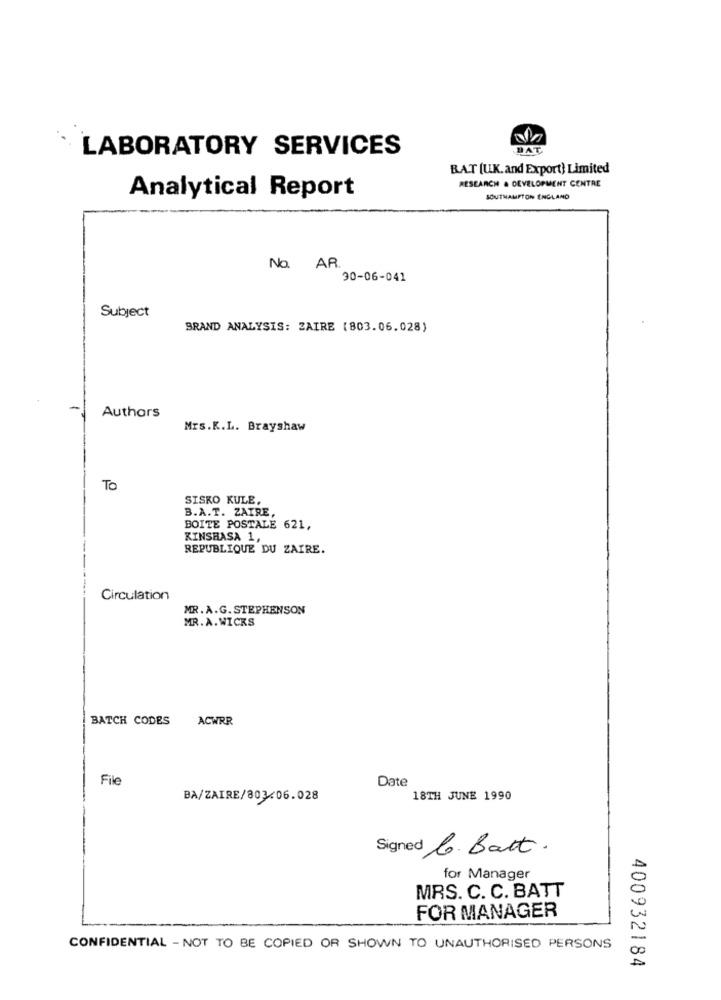
LABORATORY SERVICES
DAT
BAT [U.K. and Export) Limited
RESEARCH & DEVELOPMENT CENTRE
Analytical Report
SOUTHAMPTON ENGLAND
No. AR.
90-06-041
Subject
BRAND ANALYSIS: ZAIRE (803.06.028)
Authors
Mrs.K.L. Brayshaw
To
SISKO KULE,
B.A.T. ZAIRE
BOITE POSTALE 621,
KINSHASA 1,
REPUBLIQUE DU ZAIRE.
Circulation
MR.A.G. STEPHENSON
MR.A. WICKS
BATCH CODES
ACWRR
File
Date
BA/ZAIRE/803/06.028
18TH JUNE 1990
Signed C. Batt.
for Manager
MRS. C. C. BATT
FOR MANAGER
CONFIDENTIAL - NOT TO BE COPIED OR SHOWN TO UNAUTHORISED PERSONS
400932184